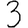
Digit: 3